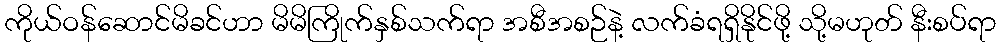
ကိုယ်ဝန်ဆောင်မိခင်ဟာ မိမိကြိုက်နှစ်သက်ရာ အစီအစဉ်နဲ့ လက်ခံရရှိနိုင်ဖို့ သို့မဟုတ် နီးစပ်ရာ